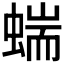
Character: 𧍒